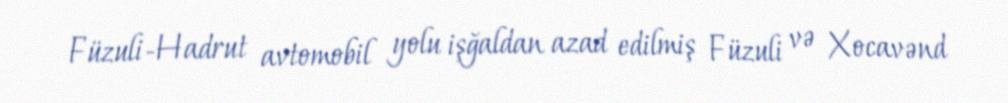
Füzuli-Hadrut avtomobil yolu işğaldan azad edilmiş Füzuli və Xocavənd